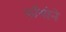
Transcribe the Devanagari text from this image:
काँगोने